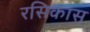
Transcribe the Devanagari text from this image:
रसिकास